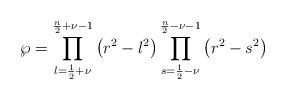
LaTeX: \begin{align*}\mathcal{\wp }=\prod\limits_{l=\frac{1}{2}+\nu }^{\frac{n}{2}+\nu -1}\left(r^{2}-l^{2}\right) \prod\limits_{s=\frac{1}{2}-\nu }^{\frac{n}{2}-\nu-1}\left( r^{2}-s^{2}\right) \end{align*}